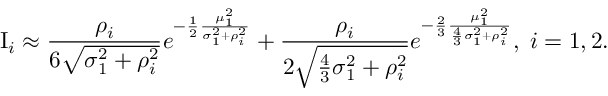
\mathrm { I } _ { i } \approx \frac { \rho _ { i } } { 6 \sqrt { \sigma _ { 1 } ^ { 2 } + \rho _ { i } ^ { 2 } } } e ^ { - \frac { 1 } { 2 } \frac { \mu _ { 1 } ^ { 2 } } { \sigma _ { 1 } ^ { 2 } + \rho _ { i } ^ { 2 } } } + \frac { \rho _ { i } } { 2 \sqrt { \frac { 4 } { 3 } \sigma _ { 1 } ^ { 2 } + \rho _ { i } ^ { 2 } } } e ^ { - \frac { 2 } { 3 } \frac { \mu _ { 1 } ^ { 2 } } { \frac { 4 } { 3 } \sigma _ { 1 } ^ { 2 } + \rho _ { i } ^ { 2 } } } , \; i = 1 , 2 .